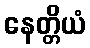
နေတ္တိယံ